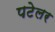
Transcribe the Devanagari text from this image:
पटेलर